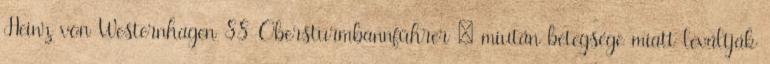
Heinz von Westernhagen SS-Obersturmbannführer – miután betegsége miatt leváltják